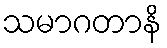
သမာဂတာနိ